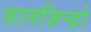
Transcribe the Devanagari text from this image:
वातज़िन्द्रो